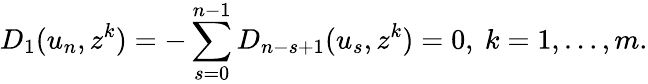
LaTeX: D_{1}(u_{n},z^{k})=-\sum_{s=0}^{n-1}D_{n-s+1}(u_{s},z^{k})=0,\ k=1,\dots,m.